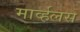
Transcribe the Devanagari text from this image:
मार्व्हलस